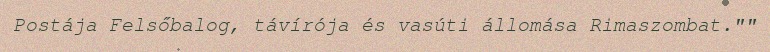
Postája Felsőbalog, távírója és vasúti állomása Rimaszombat.""